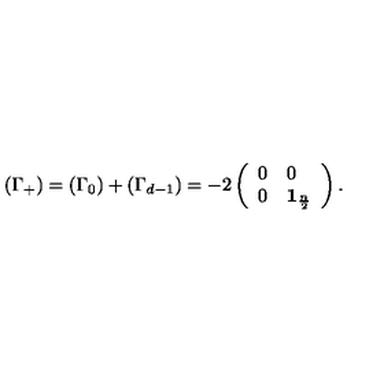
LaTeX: \left( \Gamma _ { + } \right) = \left( \Gamma _ { 0 } \right) + \left( \Gamma _ { d - 1 } \right) = - 2 \left( \begin{array} { l l } { 0 } & { 0 } \\ { 0 } & { \mathbf { 1 } _ { \frac { n } { 2 } } } \\ \end{array} \right) .